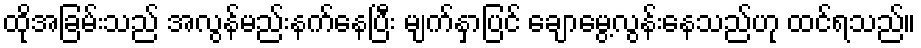
ထိုအခြမ်းသည် အလွန်မည်းနက်နေပြီး မျက်နှာပြင် ချောမွေ့လွန်းနေသည်ဟု ထင်ရသည်။